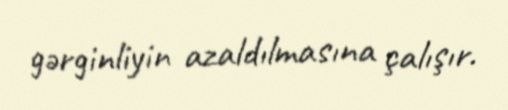
gərginliyin azaldılmasına çalışır.